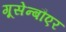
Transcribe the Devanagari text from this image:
गूसेन्बौएर